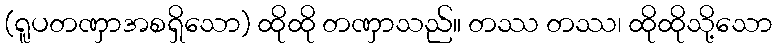
(ရူပတဏှာအစရှိသော) ထိုထို တဏှာသည်။ တဿ တဿ၊ ထိုထိုသို့သော